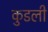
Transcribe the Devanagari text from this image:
कुडली